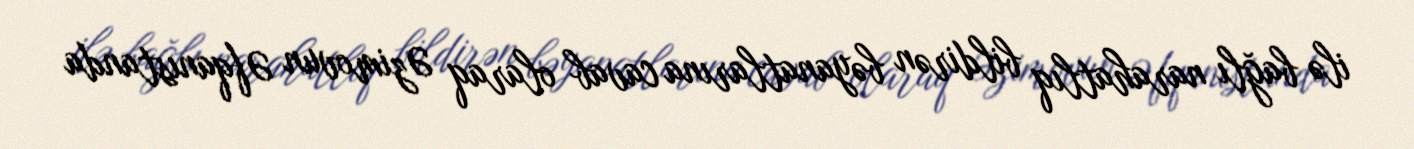
ilə bağlı narahatlıq bildirən bəyanatlarına cavab olaraq Əzimovun Əfqanıstanda